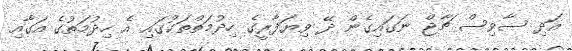
އަދި ސާވިސް ޗާޖް ނަގައިގެން ދޭ ވިޔަފާރީގެ ހިދުމަތްތަކުގައި އެ ހިދުމަތުގެ އަގާއި